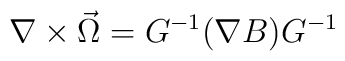
\nabla \times \vec \Omega = G^{-1}(\nabla B)G^{-1}